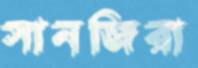
সানজিরা